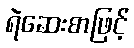
ရဲဆေးစာဖြင့်